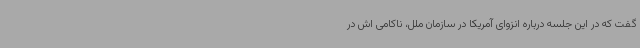
گفت که در این جلسه درباره انزوای آمریکا در سازمان ملل، ناکامی اش در